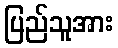
ပြည်သူအား